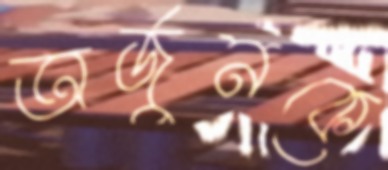
অর্জুনকে